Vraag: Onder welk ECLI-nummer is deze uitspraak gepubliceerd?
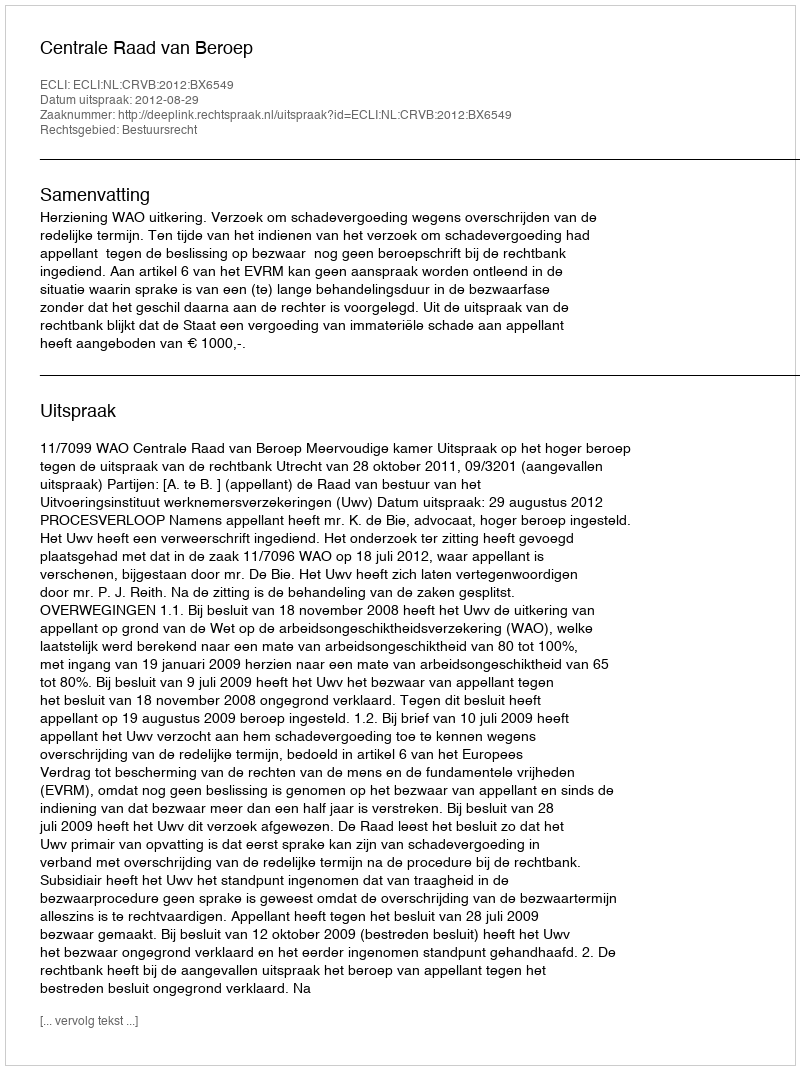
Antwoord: ECLI:NL:CRVB:2012:BX6549